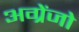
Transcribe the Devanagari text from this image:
अग्रेंजो